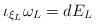
LaTeX: \begin{align*} \iota_{\xi_L}\omega_L=dE_L\end{align*}